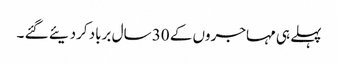
پہلے ہی مہاجروں کے 30 سال برباد کردیئے گئے ۔